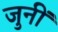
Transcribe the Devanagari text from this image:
जुनीं